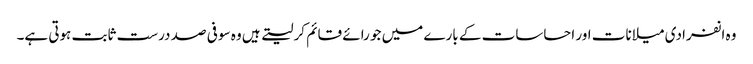
وہ انفرادی میلانات اور احساسات کے بارے میں جو رائے قائم کر لیتے ہیں وہ سو فی صد درست ثابت ہوتی ہے۔